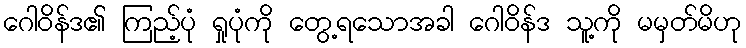
ဂေါဝိန်ဒ၏ ကြည့်ပုံ ရှုပုံကို တွေ့ရသောအခါ ဂေါဝိန်ဒ သူ့ကို မမှတ်မိဟု